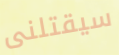
سيقتلنى